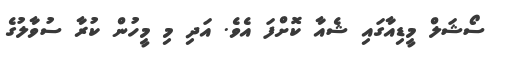
ސޯޝަލް މީޑިއާގައި ޝެއާ ކޮށްފަ އެވެ. އަދި މި މީހުން ކުރާ ސުވާލުގެ